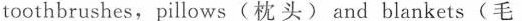
toothbrushes, pillows(枕头) and blankets(毛